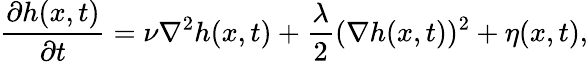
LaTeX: \frac{\partial h(x,t)}{\partial t}=\nu\nabla^{2}h(x,t)+\frac{\lambda}{2}(\nabla h(x,t))^{2}+\eta(x,t),